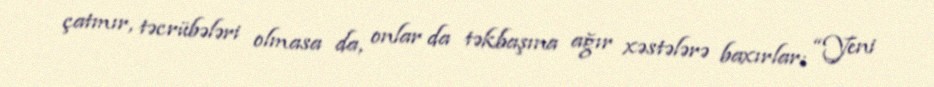
çatmır, təcrübələri olmasa da, onlar da təkbaşına ağır xəstələrə baxırlar: “Yeni